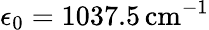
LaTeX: \epsilon_{0}=1037.5\, \mathrm{cm}^{-1}